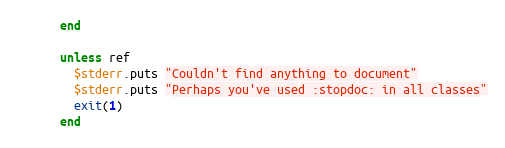
Language: Ruby
      end

      unless ref
        $stderr.puts "Couldn't find anything to document"
        $stderr.puts "Perhaps you've used :stopdoc: in all classes"
        exit(1)
      end